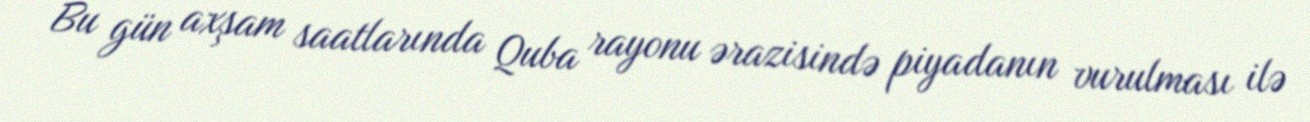
Bu gün axşam saatlarında Quba rayonu ərazisində piyadanın vurulması ilə